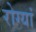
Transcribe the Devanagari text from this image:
रोग्यां